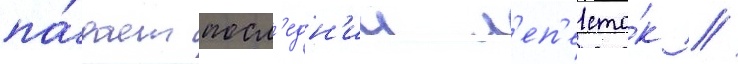
па́дает посл'едн'ии л'еп'есто́к /